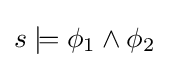
s\models \phi _{1}\land \phi _{2}